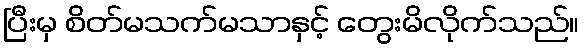
ပြီးမှ စိတ်မသက်မသာနှင့် တွေးမိလိုက်သည်။